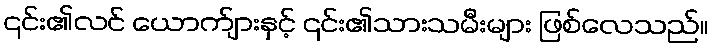
၎င်း၏လင် ယောက်ျားနှင့် ၎င်း၏သားသမီးများ ဖြစ်လေသည်။